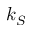
k _ { S }